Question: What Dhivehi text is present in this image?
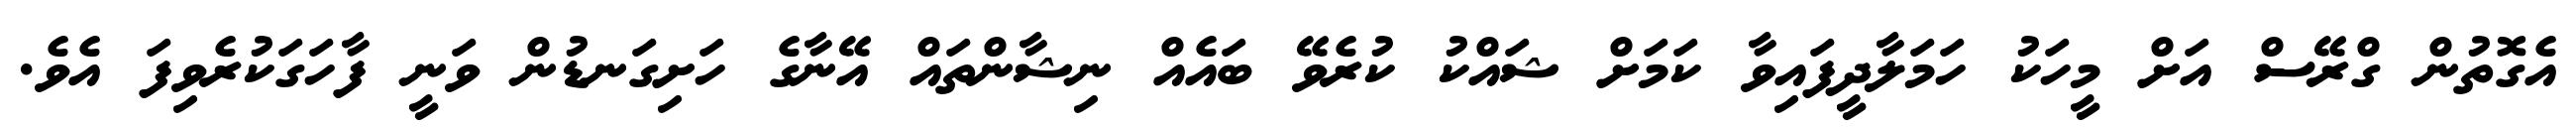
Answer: އެގޮތުން ގްރޭސް އަށް މީހަކު ހަމަލާދީފައިވާ ކަމަށް ޝައްކު ކުރެވޭ ބައެއް ނިޝާންތައް އޭނާގެ ހަށިގަނޑުން ވަނީ ފާހަގަކުރެވިފަ އެވެ.